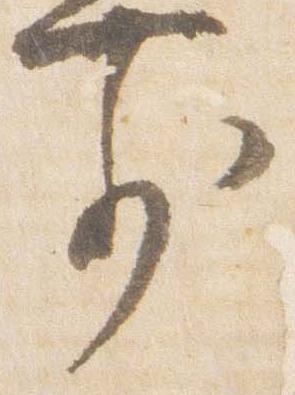
前